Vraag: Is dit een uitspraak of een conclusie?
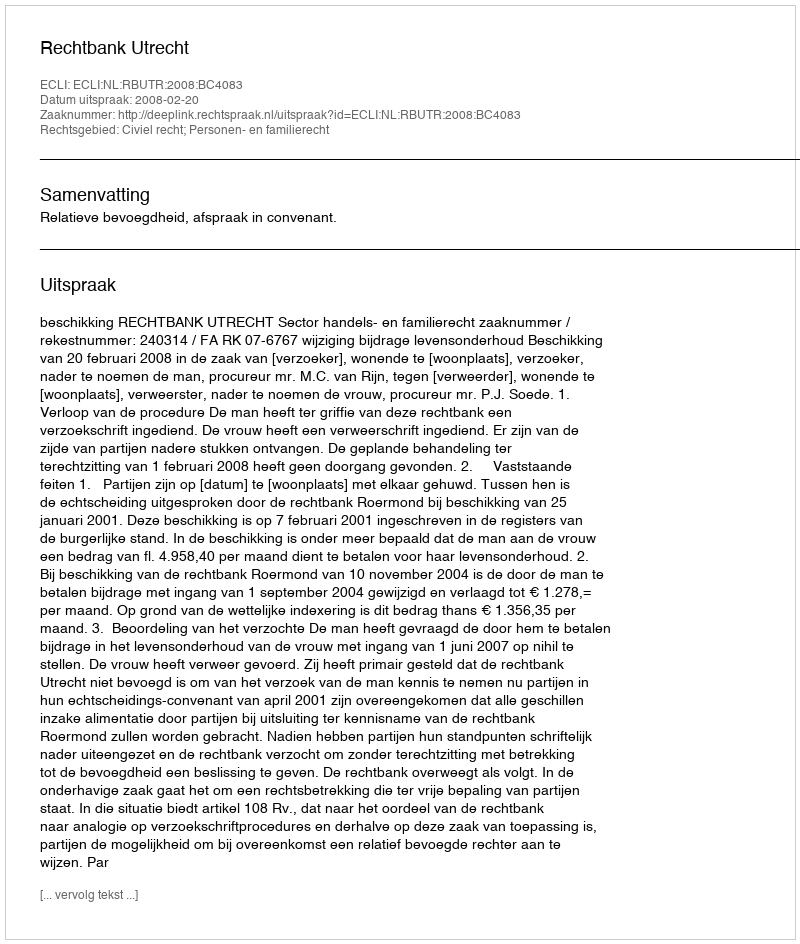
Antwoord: Uitspraak